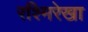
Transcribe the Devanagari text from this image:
रश्मिरेखा